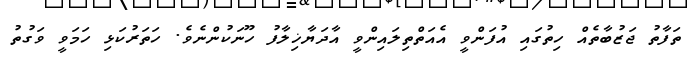
ތަފާތު ޖަޒުބާތެއް ހިތުގައި އުފަންވީ އެއަތްތިލައިންވީ އާދަޔާޚިލާފު ހޫނަކުންނެވެ. ހަތަރުކަޅި ހަމަވީ ވަގުތު